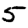
Digit: 5